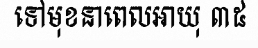
ទៅមុខនាពេលអាយុ ៣៥